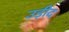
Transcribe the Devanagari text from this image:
उड़ीद